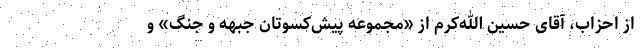
از احزاب، آقای حسین الله‌کرم از «مجموعه پیش‌کسوتان جبهه و جنگ» و